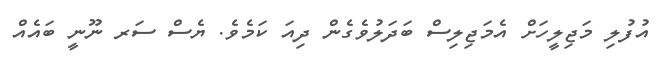
އުފުލި މަޖިލީހަށް އެމަޖިލިސް ބަދަލުވެގެން ދިއަ ކަމެވެ. ޔެސް ސަރ ނޫނީ ބައެއް